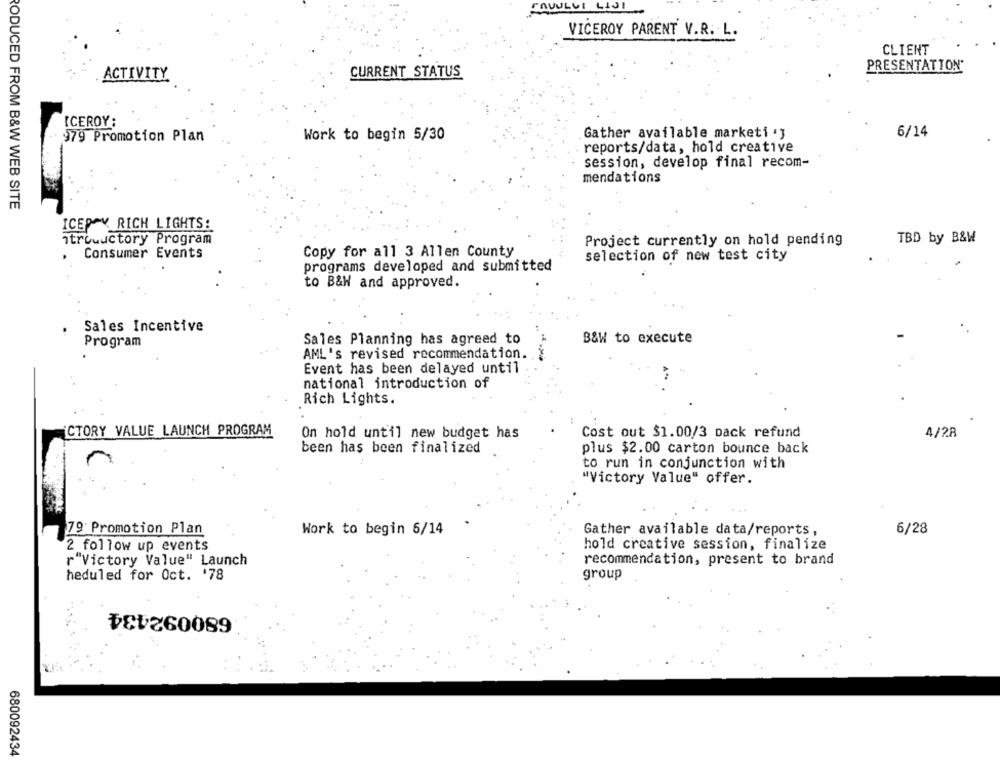
FAVULUI LIJ1
VICEROY PARENT V.R. L.
CLIENT
PRESENTATION*
CURRENT STATUS
ACTIVITY
ICEROY;
979 Promotion Plan
Work to begin 5/30
Gather available marketi ' }
6/14
reports/data, hold creative
session, develop final recom-
mendations
RODUCED FROM B&W WEB SITE
ICEPAY RICH LIGHTS:
itrowuctory Program
Project currently on hold pending
TBD by B&W
Consumer Events
Copy for all 3 Allen County
selection of new test city
programs developed and submitted
to B&W and approved.
Sales Incentive
Program
Sales Planning has agreed to
B&W to execute
AML's revised recommendation ..
Event has been delayed until
national introduction of
Rich Lights.
¡CTORY VALUE LAUNCH PROGRAM
On hold until new budget has
Cost out $1.00/3 pack refund
4/28
been has been finalized
plus $2.00 carton bounce back
to run in conjunction with
"Victory Value" offer.
79 Promotion Plan
Work to begin 6/14
Gather available data/reports,
6/28
2 follow up events
hold creative session, finalize
r"Victory Value" Launch
recommendation, present to brand
heduled for Oct. '78
group
680092434
680092434